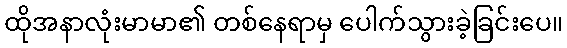
ထိုအနာလုံးမာမာ၏ တစ်နေရာမှ ပေါက်သွားခဲ့ခြင်းပေ။